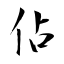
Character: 佔